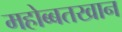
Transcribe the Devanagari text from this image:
महोब्बतखान